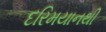
દરિમયાનથી